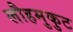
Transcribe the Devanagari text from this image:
लौहमुकुट